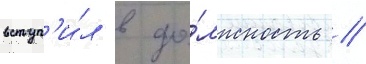
вступ'и́л в до́лжность //